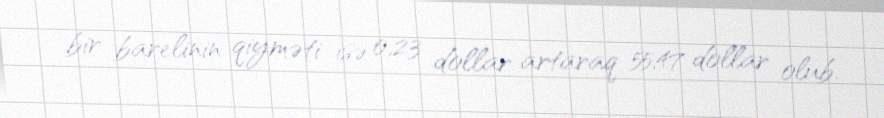
bir barelinin qiyməti isə 0,23 dollar artaraq 55,47 dollar olub.